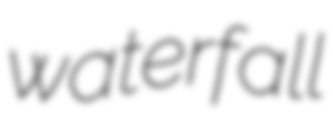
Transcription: waterfall